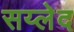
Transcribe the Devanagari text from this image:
सय्लेद